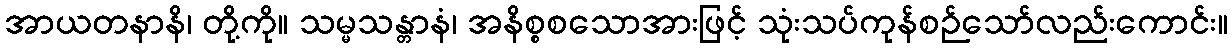
အာယတနာနိ၊ တို့ကို။ သမ္မသန္တာနံ၊ အနိစ္စစသောအားဖြင့် သုံးသပ်ကုန်စဉ်သော်လည်းကောင်း။